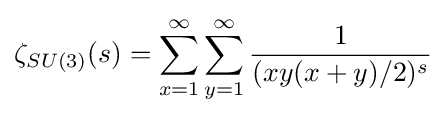
\zeta _{SU(3)}(s)=\sum _{x=1}^{\infty }\sum _{y=1}^{\infty }{\frac {1}{(xy(x+y)/2)^{s}}}